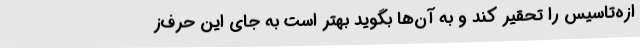
ازه‌تاسیس را تحقیر کند و به آن‌ها بگوید بهتر است به جای این حرف‌ز